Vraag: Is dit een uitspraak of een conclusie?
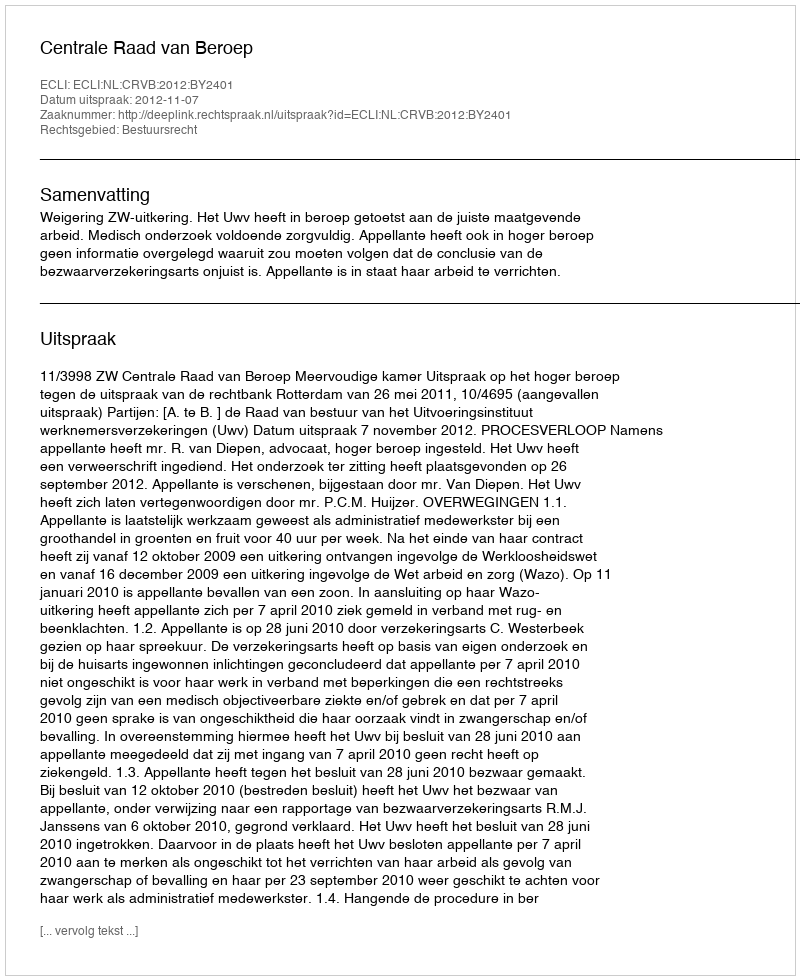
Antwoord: Uitspraak